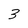
Character: 3